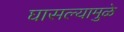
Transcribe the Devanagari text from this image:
घासल्यामुळे